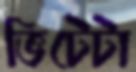
ভিটেটা